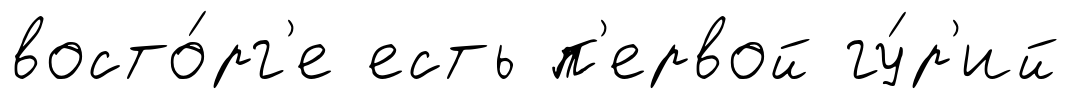
восто́рг'е есть п'ервой гу́р'ий